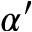
\alpha ^ { \prime }